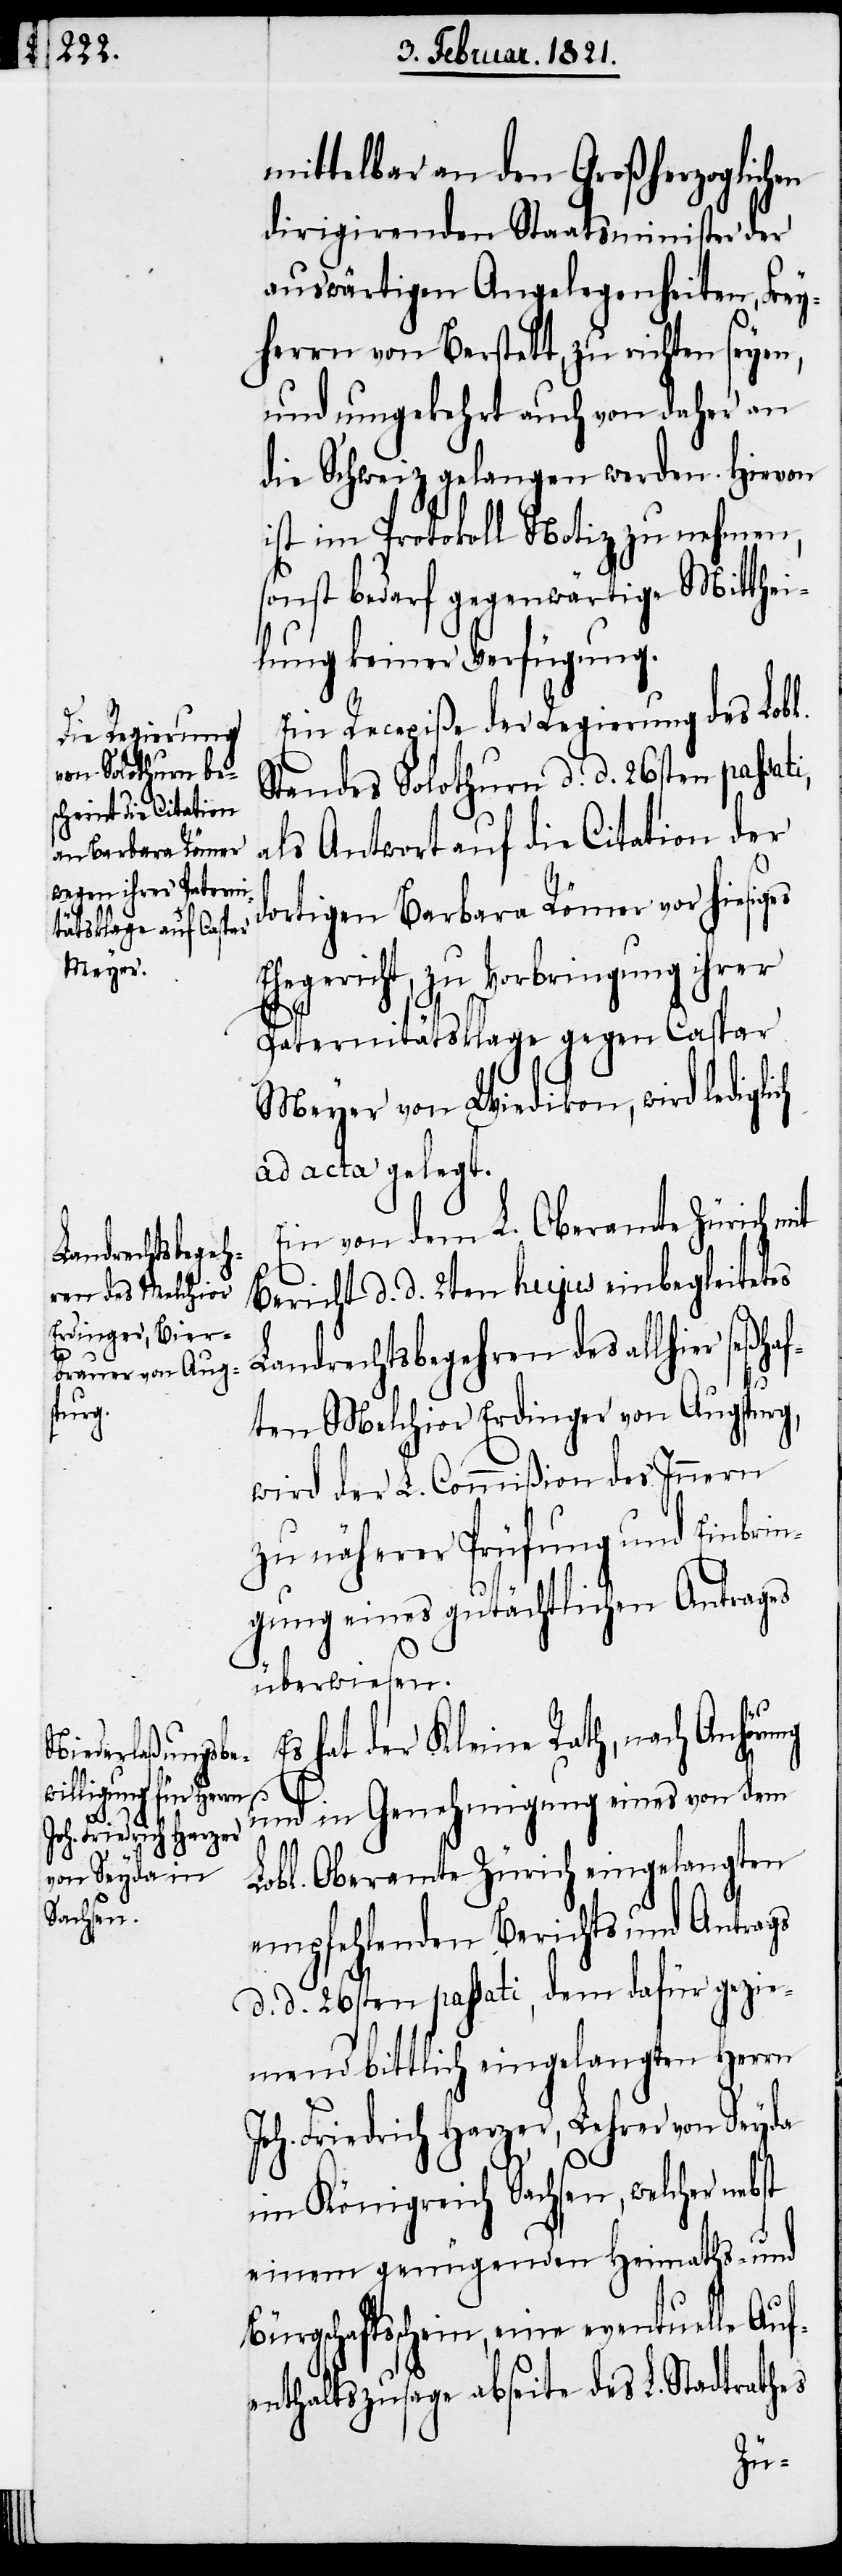
ung

mittelbar an den Großherzoglichen
dirigierenden Staatsminister der
auswärtigen Angelegenheiten, Frey¬
herrn von Berstett, zu richten seyen,
und umgekehrt auch von daher an
die Schweiz gelangen werden. Hiervon
ist im Protokoll Notiz zu nehmen,
sonst bedarf gegenwärtige Mitthei¬
lung keiner Verfügung.
Eine Recepiße der Regierung des Lobl.
Standes Solothurn d. d. 26sten passa¬
ls Antwort auf die Citation der
d¬
ortigen Barbara Römer vor hiesiges
Ehegericht, zu Vorbringung ihrer
Paternitätsklage gegen Caspar
Meyer von Wiedikon, wird ledig¬
ad acta gelegt.
Ein von dem L. Oberamte Zürich
Bericht d. d. 2ten hujus einbegleitetes
Landrechtsbegehren des allhier seßha¬
ften Melchior Erdinger von Augspurg,
wird der L. Commißion des Innern
zu näherer Prüfung und Einbrin¬
gung eines gutächtlichen Antrages
überwiesen.
hat der Kleine Rath, nach Anhör¬
und in Genehmigung eines von dem
Lobl. Oberamte Zürich eingelangten
empfehlenden Berichts und Antrags
d. d. 26. passati, dem dafür gezie¬
Joh. Friedrich Harzer, Lehrer von Seyda
im Königreich Sachsen, welcher nebst
einem genügenden Heimaths- und
Bürgschaftsschein, eine eventuelle Auf¬
enthaltszusage abseite des L. Stadtrathes
mend